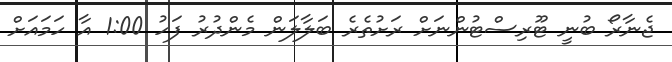
ޖެނާރޯ ބުނީ ޓޫރިސްޓުންނަށް ރަށުތެރެ ބަލާލަން މެންދުރު ފަހު 1:00 އާ ހަމައަށް